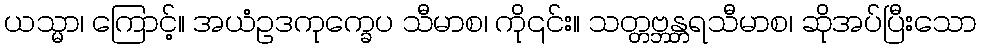
ယသ္မာ၊ ကြောင့်။ အယံဥဒကုက္ခေပ သီမာစ၊ ကို၎င်း။ သတ္တဗ္ဘန္တရသီမာစ၊ ဆိုအပ်ပြီးသော